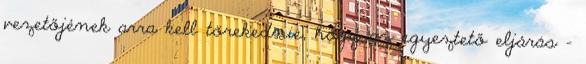
vezetőjének arra kell törekednie, hogy az egyeztető eljárás -